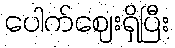
ပေါက်ဈေးရှိပြီး